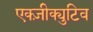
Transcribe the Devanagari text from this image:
एक्ज़ीक्युटिव